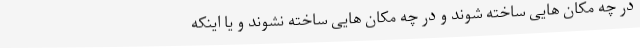
در چه مکان هایی ساخته شوند و در چه مکان هایی ساخته نشوند و یا اینکه